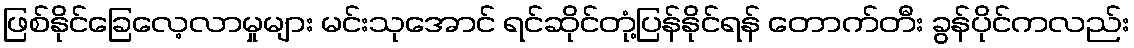
ဖြစ်နိုင်ခြေလေ့လာမှုများ မင်းသုအောင် ရင်ဆိုင်တုံ့ပြန်နိုင်ရန် တောက်တီး ခွန်ပိုင်ကလည်း